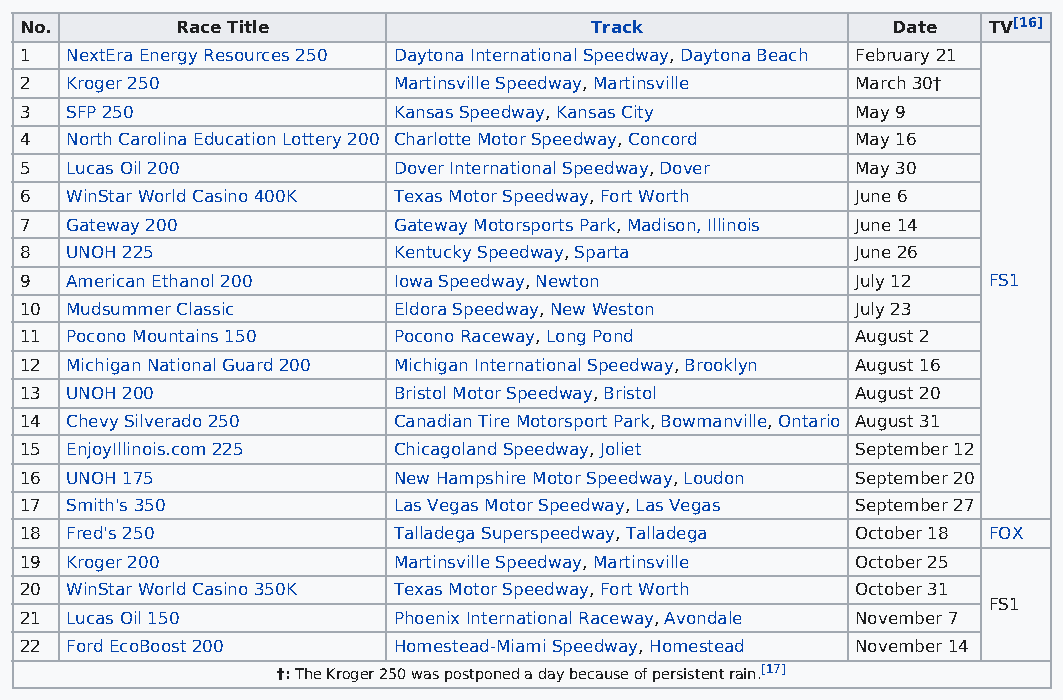
No.        Race Title                 Track               Date  TV[16]
 1  NextEra Energy Resources 250 Daytona International Speedway, Daytona Beach February 21
 2  Kroger 250            Martinsville Speedway, Martinsville March 30†
 3  SFP 250               Kansas Speedway, Kansas City   May 9
 4  North Carolina Education Lottery 200 Charlotte Motor Speedway, Concord May 16
 5  Lucas Oil 200         Dover International Speedway, Dover May 30
 6  WinStar World Casino 400K Texas Motor Speedway, Fort Worth June 6
 7  Gateway 200           Gateway Motorsports Park, Madison, Illinois June 14
 8  UNOH 225              Kentucky Speedway, Sparta      June 26
 9  American Ethanol 200  Iowa Speedway, Newton          July 12 FS1
 10 Mudsummer Classic     Eldora Speedway, New Weston    July 23
 11 Pocono Mountains 150  Pocono Raceway, Long Pond      August 2
 12 Michigan National Guard 200 Michigan International Speedway, Brooklyn August 16
 13 UNOH 200              Bristol Motor Speedway, Bristol August 20
 14 Chevy Silverado 250   Canadian Tire Motorsport Park, Bowmanville, Ontario August 31
 15 EnjoyIllinois.com 225 Chicagoland Speedway, Joliet   September 12
 16 UNOH 175              New Hampshire Motor Speedway, Loudon September 20
 17 Smith's 350           Las Vegas Motor Speedway, Las Vegas September 27
 18 Fred's 250            Talladega Superspeedway, Talladega October 18 FOX
 19 Kroger 200            Martinsville Speedway, Martinsville October 25
 20 WinStar World Casino 350K Texas Motor Speedway, Fort Worth October 31
 FS1
 21 Lucas Oil 150         Phoenix International Raceway, Avondale November 7
 22 Ford EcoBoost 200     Homestead-Miami Speedway, Homestead November 14
 †: The Kroger 250 was postponed a day because of persistent rain.[17]